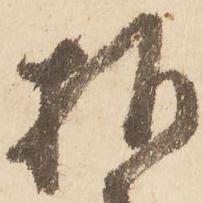
様